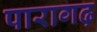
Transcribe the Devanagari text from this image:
पारागढ़